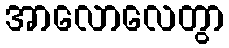
အာလောလေတွာ